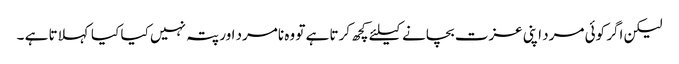
لیکن اگر کوئی مرد اپنی عزت بچانے کیلئے کچھ کرتا ہے تو وہ نامرد اور پتہ نہیں کیا کیا کہلاتا ہے ۔